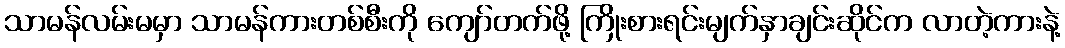
သာမန်လမ်းမမှာ သာမန်ကားတစ်စီးကို ကျော်တက်ဖို့ ကြိုးစားရင်းမျက်နှာချင်းဆိုင်က လာတဲ့ကားနဲ့